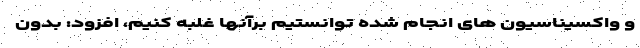
و واکسیناسیون های انجام شده توانستیم برآنها غلبه کنیم، افزود: بدون